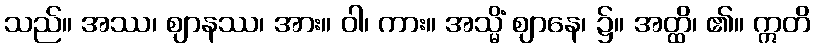
သည်။ အဿ၊ ဈာနဿ၊ အား။ ဝါ၊ ကား။ အသ္မိံ ဈာနေ၊ ၌။ အတ္ထိ၊ ၏။ ဣတိ